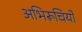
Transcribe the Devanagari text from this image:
अभिरूचियो